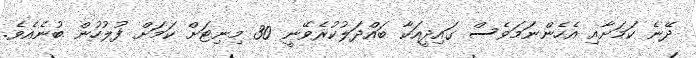
ދޭނެ ކަމަށާއި އެހެންނަމަވެސް ގައިދީއަކާ ބައްދަލުކުރެވޭނީ 30 މިނިޓަށް ކަމަށް ފުލުހުން ބުނެއެވެ.